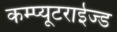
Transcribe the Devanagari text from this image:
कम्प्यूटराईज्ड